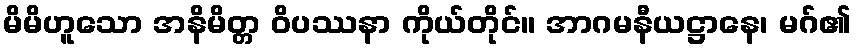
မိမိဟူသော အနိမိတ္တ ဝိပဿနာ ကိုယ်တိုင်။ အာဂမနီယဋ္ဌာနေ၊ မဂ်၏